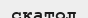
скатол